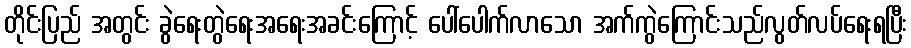
တိုင်းပြည် အတွင်း ခွဲရေးတွဲရေးအရေးအခင်းကြောင့် ပေါ်ပေါက်လာသော အက်ကွဲကြောင်းသည်လွတ်လပ်ရေးရပြီး